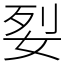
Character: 姴